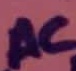
Text: AC